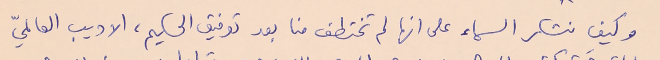
وكيف نشكر السماء على انها لم تختطف منا بعد توفيق الحكيم، الاديب العالميّ